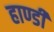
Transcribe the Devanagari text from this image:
हाण्डी